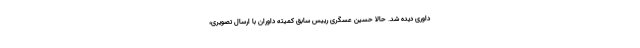
داوری دیده شد. حالا حسین عسگری رییس سابق کمیته داوران با ارسال تصویری،